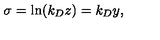
\sigma = \ln ( k _ { D } z ) = k _ { D } y ,